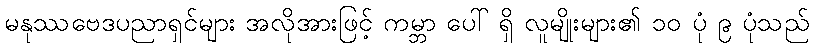
မနုဿဗေဒပညာရှင်များ အလိုအားဖြင့် ကမ္ဘာ ပေါ် ရှိ လူမျိုးများ၏ ၁၀ ပုံ ၉ ပုံသည်